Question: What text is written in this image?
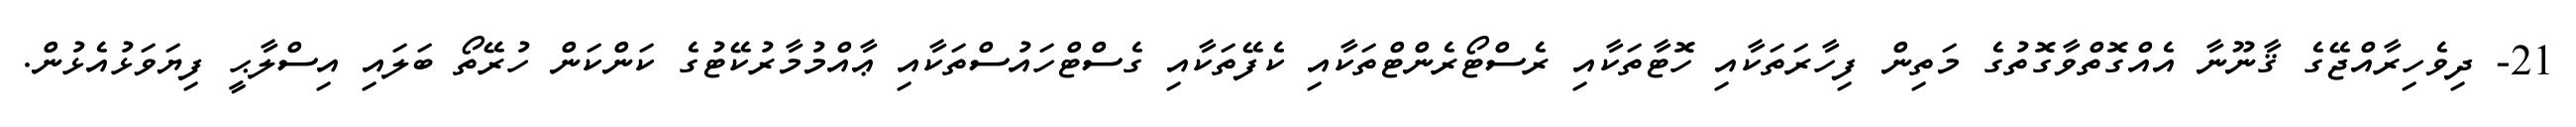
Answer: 21- ދިވެހިރާއްޖޭގެ ޤާނޫނާ އެއްގޮތްވާގޮތުގެ މަތިން ފިހާރަތަކާއި ހޮޓާތަކާއި ރެސްޓޯރެންޓްތަކާއި ކެފޭތަކާއި ގެސްޓްހައުސްތަކާއި ޢާއްމުމާރުކޭޓުގެ ކަންކަން ހުރޭތޯ ބަލައި އިސްލާޙީ ފިޔަވަޅުއެޅުން.